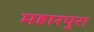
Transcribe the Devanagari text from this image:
महारपुरा